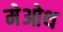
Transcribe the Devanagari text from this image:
मेओथ